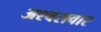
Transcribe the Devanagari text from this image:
अश्वसवार